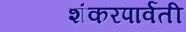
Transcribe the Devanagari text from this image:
शंकरपार्वती